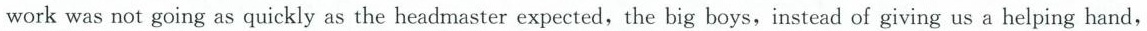
workwas not going as quickly as the headmaster expected,the big boys,instead of giving us a helping hand，